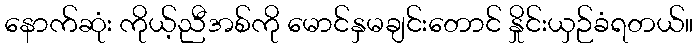
နောက်ဆုံး ကိုယ့်ညီအစ်ကို မောင်နှမချင်းတောင် နှိုင်းယှဉ်ခံရတယ်။